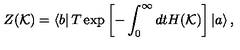
Z ( \mathcal { K } ) = \left\langle b \right| T \exp \left[ - \int _ { 0 } ^ { \infty } d t H ( \mathcal { K } ) \right] \left| a \right\rangle ,